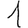
Digit: 1